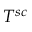
T ^ { s c }